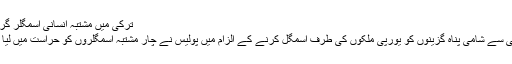
ترکی میں مشتبہ انسانی اسمگلر گرفتار
ترکی سے شامی پناہ گزینوں کو یورپی ملکوں کی طرف اسمگل کرنے کے الزام میں پولیس نے چار مشتبہ اسمگلروں کو حراست میں لیا ہے۔